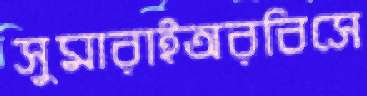
সুমারাইঅরবিসে